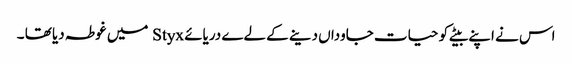
اس نے اپنے بیٹے کو حیات جاوداں دینے کے لےے دریائے Styx میں غوطہ دیا تھا ۔